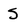
Character: S